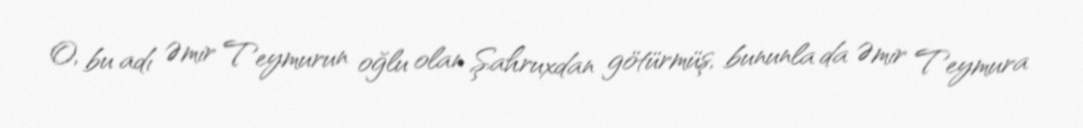
O, bu adı Əmir Teymurun oğlu olan Şahruxdan götürmüş, bununla da Əmir Teymura